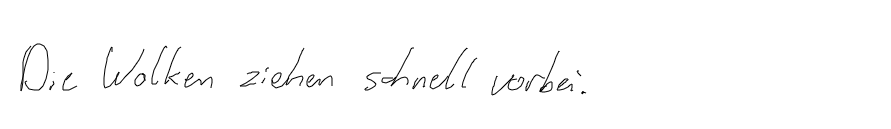
Die Wolken ziehen schnell vorbei.